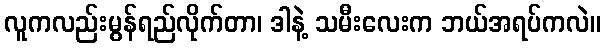
လူကလည်းမွန်ရည်လိုက်တာ၊ ဒါနဲ့ သမီးလေးက ဘယ်အရပ်ကလဲ။